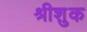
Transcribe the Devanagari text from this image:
श्रीशुक